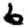
Digit: 6